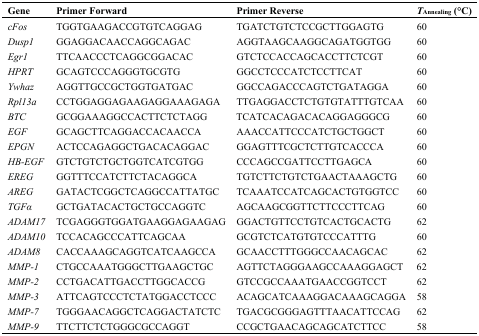
<table><thead><tr><td><b>Gene</b></td><td><b>Primer Forward</b></td><td><b>Primer Reverse</b></td><td><b><i>T</i><sub>Annealing</sub> (°C)</b></td></tr></thead><tbody><tr><td><i>cFos</i></td><td>TGGTGAAGACCGTGTCAGGAG</td><td>TGATCTGTCTCCGCTTGGAGTG</td><td>60</td></tr><tr><td><i>Dusp1</i></td><td>GGAGGACAACCAGGCAGAC</td><td>AGGTAAGCAAGGCAGATGGTGG</td><td>60</td></tr><tr><td><i>Egr1</i></td><td>TTCAACCCTCAGGCGGACAC</td><td>GTCTCCACCAGCACCTTCTCGT</td><td>60</td></tr><tr><td><i>HPRT</i></td><td>GCAGTCCCAGGGTGCGTG</td><td>GGCCTCCCATCTCCTTCAT</td><td>60</td></tr><tr><td><i>Ywhaz</i></td><td>AGGTTGCCGCTGGTGATGAC</td><td>GGCCAGACCCAGTCTGATAGGA</td><td>60</td></tr><tr><td><i>Rpl13a</i></td><td>CCTGGAGGAGAAGAGGAAAGAGA</td><td>TTGAGGACCTCTGTGTATTTGTCAA</td><td>60</td></tr><tr><td><i>BTC</i></td><td>GCGGAAAGGCCACTTCTCTAGG</td><td>TCATCACAGACACAGGAGGGCG</td><td>60</td></tr><tr><td><i>EGF</i></td><td>GCAGCTTCAGGACCACAACCA</td><td>AAACCATTCCCATCTGCTGGCT</td><td>60</td></tr><tr><td><i>EPGN</i></td><td>ACTCCAGAGGCTGACACAGGAC</td><td>GGAGTTTCGCTCTTGTCACCCA</td><td>60</td></tr><tr><td><i>HB-EGF</i></td><td>GTCTGTCTGCTGGTCATCGTGG</td><td>CCCAGCCGATTCCTTGAGCA</td><td>60</td></tr><tr><td><i>EREG</i></td><td>GGTTTCCATCTTCTACAGGCA</td><td>TGTCTTCTGTCTGAACTAAAGCTG</td><td>60</td></tr><tr><td><i>AREG</i></td><td>GATACTCGGCTCAGGCCATTATGC</td><td>TCAAATCCATCAGCACTGTGGTCC</td><td>60</td></tr><tr><td><i>TGFα</i></td><td>GCTGATACACTGCTGCCAGGTC</td><td>AGCAAGCGGTTCTTCCCTTCAG</td><td>60</td></tr><tr><td><i>ADAM17</i></td><td>TCGAGGGTGGATGAAGGAGAAGAG</td><td>GGACTGTTCCTGTCACTGCACTG</td><td>62</td></tr><tr><td><i>ADAM10</i></td><td>TCCACAGCCCATTCAGCAA</td><td>GCGTCTCATGTGTCCCATTTG</td><td>60</td></tr><tr><td><i>ADAM8</i></td><td>CACCAAAGCAGGTCATCAAGCCA</td><td>GCAACCTTTGGGCCAACAGCAC</td><td>62</td></tr><tr><td><i>MMP-1</i></td><td>CTGCCAAATGGGCTTGAAGCTGC</td><td>AGTTCTAGGGAAGCCAAAGGAGCT</td><td>62</td></tr><tr><td><i>MMP-2</i></td><td>CCTGACATTGACCTTGGCACCG</td><td>GTCCGCCAAATGAACCGGTCCT</td><td>62</td></tr><tr><td><i>MMP-3</i></td><td>ATTCAGTCCCTCTATGGACCTCCC</td><td>ACAGCATCAAAGGACAAAGCAGGA</td><td>58</td></tr><tr><td><i>MMP-7</i></td><td>TGGGAACAGGCTCAGGACTATCTC</td><td>TGACGCGGGAGTTTAACATTCCAG</td><td>62</td></tr><tr><td><i>MMP-9</i></td><td>TTCTTCTCTGGGCGCCAGGT</td><td>CCGCTGAACAGCAGCATCTTCC</td><td>58</td></tr></tbody></table>